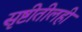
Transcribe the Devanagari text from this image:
सृष्टीतीलही